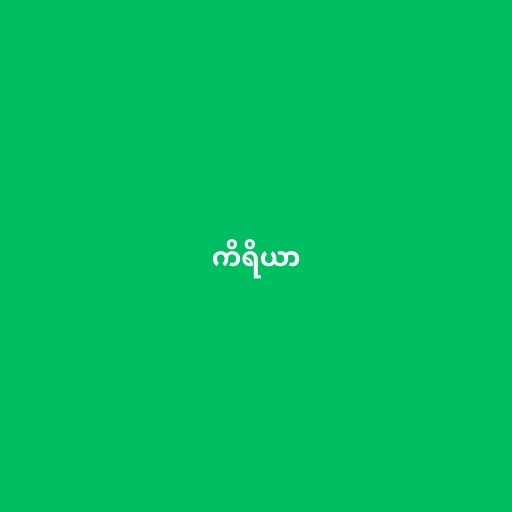
ကိရိယာ